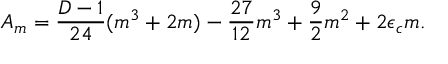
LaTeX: A _ { m } = \frac { D - 1 } { 2 4 } ( m ^ { 3 } + 2 m ) - \frac { 2 7 } { 1 2 } m ^ { 3 } + \frac { 9 } { 2 } m ^ { 2 } + 2 \epsilon _ { c } m .